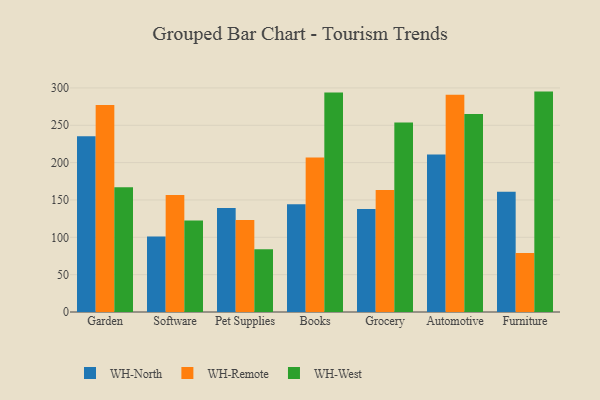
{"axis": {"x": "Category", "y": "Waste Production (Tons)"}, "legend": ["WH-North", "WH-Remote", "WH-West"], "data": [{"x": "Garden", "y": 235.2, "type": "WH-North"}, {"x": "Garden", "y": 277.0, "type": "WH-Remote"}, {"x": "Garden", "y": 167.1, "type": "WH-West"}, {"x": "Software", "y": 101.2, "type": "WH-North"}, {"x": "Software", "y": 156.6, "type": "WH-Remote"}, {"x": "Software", "y": 122.5, "type": "WH-West"}, {"x": "Pet Supplies", "y": 139.2, "type": "WH-North"}, {"x": "Pet Supplies", "y": 123.3, "type": "WH-Remote"}, {"x": "Pet Supplies", "y": 83.9, "type": "WH-West"}, {"x": "Books", "y": 144.3, "type": "WH-North"}, {"x": "Books", "y": 206.7, "type": "WH-Remote"}, {"x": "Books", "y": 294.0, "type": "WH-West"}, {"x": "Grocery", "y": 137.8, "type": "WH-North"}, {"x": "Grocery", "y": 163.2, "type": "WH-Remote"}, {"x": "Grocery", "y": 253.6, "type": "WH-West"}, {"x": "Automotive", "y": 210.9, "type": "WH-North"}, {"x": "Automotive", "y": 290.8, "type": "WH-Remote"}, {"x": "Automotive", "y": 265.0, "type": "WH-West"}, {"x": "Furniture", "y": 161.1, "type": "WH-North"}, {"x": "Furniture", "y": 79.1, "type": "WH-Remote"}, {"x": "Furniture", "y": 295.1, "type": "WH-West"}]}